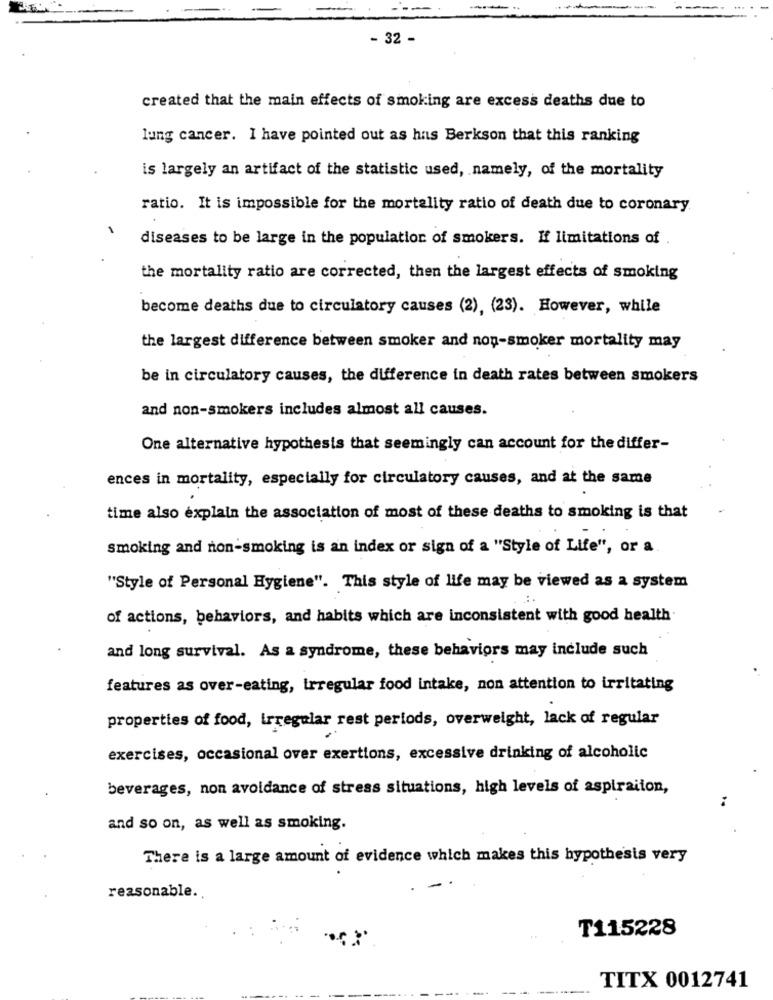
- 32 -
created that the main effects of smoking are excess deaths due to
lung cancer. I have pointed out as has Berkson that this ranking
is largely an artifact of the statistic used, namely, of the mortality
ratio. It is impossible for the mortality ratio of death due to coronary.
diseases to be large in the population of smokers. If limitations of .
the mortality ratio are corrected, then the largest effects of smoking
become deaths due to circulatory causes (2), (23). However, while
the largest difference between smoker and non-smoker mortality may
be in circulatory causes, the difference in death rates between smokers
and non-smokers includes almost all causes.
One alternative hypothesis that seemingly can account for the differ-
ences in mortality, especially for circulatory causes, and at the same
time also explain the association of most of these deaths to smoking is that
smoking and non-smoking is an index or sign of a "Style of Life", or a.
"Style of Personal Hygiene". This style of life may be viewed as a system
of actions, behaviors, and habits which are inconsistent with good health
and long survival. As a syndrome, these behaviors may include such
features as over-eating, irregular food intake, non attention to irritating
properties of food, irregular rest periods, overweight, lack of regular
exercises, occasional over exertions, excessive drinking of alcoholic
beverages, non avoidance of stress situations, high levels of aspiraiton,
and so on, as well as smoking.
There is a large amount of evidence which makes this hypothesis very
reasonable.
T115228
TITX 0012741